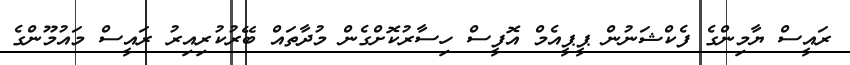
ރައީސް ޔާމިންގެ ފެކްޝަނުން ޕީޕީއެމް އޮފީސް ހިސާރުކޮށްގެން މުދާތައް ބޭރުކުރިއިރު ރައީސް މައުމޫންގެ